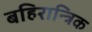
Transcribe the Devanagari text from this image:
बहिरान्त्रिक